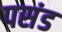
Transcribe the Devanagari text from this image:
पसंड